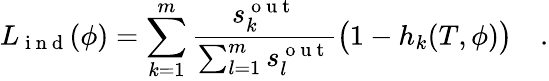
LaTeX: {L}_{\mathrm{~i~n~d~}}(\phi)=\sum_{k=1}^{m}\frac{s_{k}^{\mathrm{~o~u~t~}}}{\sum_{l=1}^{m}s_{l}^{\mathrm{~o~u~t~}}}\big(1-h_{k}(T,\phi)\big)\quad.